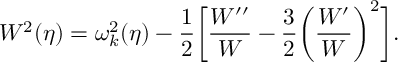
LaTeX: W ^ { 2 } ( \eta ) = \omega _ { k } ^ { 2 } ( \eta ) - \frac { 1 } { 2 } \biggl [ \frac { W ^ { \prime \prime } } { W } - \frac { 3 } { 2 } \biggl ( \frac { W ^ { \prime } } { W } \biggr ) ^ { 2 } \biggr ] .